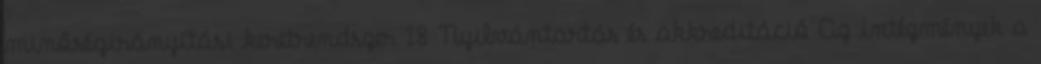
minőségirányítási keretrendszer 18 Nyilvántartás és akkreditáció Az intézmények a